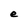
Character: e